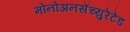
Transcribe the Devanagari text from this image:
मोनोअनसॅच्युरेटेड